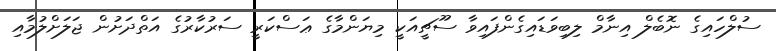
ސުލްހައިގެ ނޮބެލް އިނާމް ލިބިވަޑައިގެންފައިވާ ސޫޗީއަކީ މިޔަންމާގެ ޢަސްކަރީ ސަރުކާރުގެ އަތްދަށުން ޖަލަށްލުމާއި